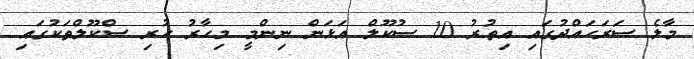
މާލެ ސަރަހައްދުގައި އިތުރު 10 ސުކޫލް އަޅަން ނިންމީ މިހާރު ހުރި ސްކޫލްތަކުގައި